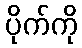
ပိုက်ကို